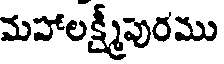
మహాలక్ష్మీపురము